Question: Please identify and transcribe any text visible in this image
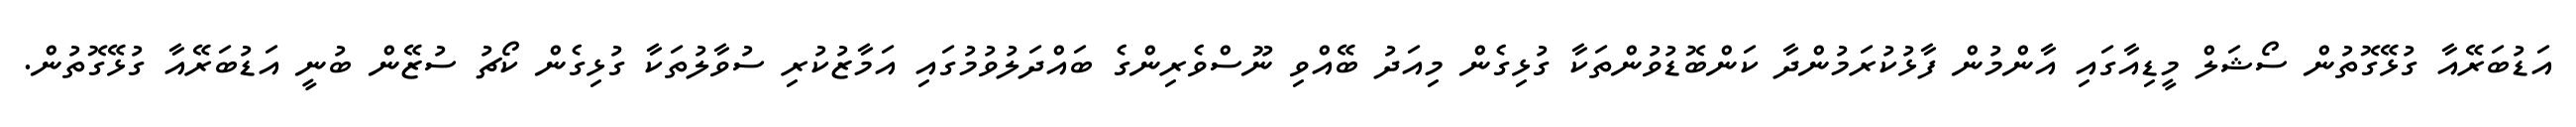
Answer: އަޑުބަރޭއާ ގުޅޭގޮތުން ސޯޝަލް މީޑިއާގައި އާންމުން ފާޅުކުރަމުންދާ ކަންބޮޑުވުންތަކާ ގުޅިގެން މިއަދު ބޭއްވި ނޫސްވެރިންގެ ބައްދަލުވުމުގައި އަމާޒުކުރި ސުވާލުތަކާ ގުޅިގެން ކޯޗު ސުޒޭން ބުނީ އަޑުބަރޭއާ ގުޅޭގޮތުން.